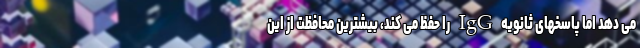
می دهد اما پاسخهای ثانویه IgG را حفظ می کند، بیشترین محافظت از این